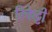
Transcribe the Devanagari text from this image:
रिकेट्टी